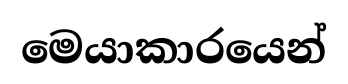
මෙයාකාරයෙන්